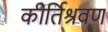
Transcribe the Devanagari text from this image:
कीर्तिश्रवण